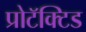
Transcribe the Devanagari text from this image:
प्रोटॅक्टिड